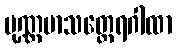
ပုဏ္ဏမာသတ္ထေရဂါထာ